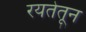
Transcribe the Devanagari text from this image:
रयतेतून